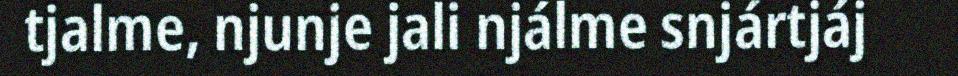
tjalme, njunje jali njálme snjártjáj